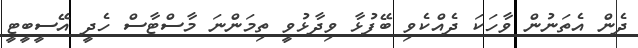
ދެން އެތަނުން ވާހަކަ ދެއްކެވި ބޭފުޅާ ވިދާޅުވީ ތިމަންނަ މާސްޓާސް ހެދީ އޭސީބީޓީ